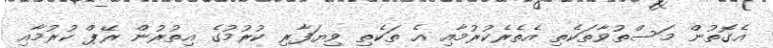
އެގޮތުން މަސްތުވާތަކެތި އެތެރެކުރުމާއި އެ ތަކެތި ވިޔަފާރި ކުރުމުގެ އިތުރުން ރޭޕް ކުރުމާއި